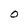
Character: O